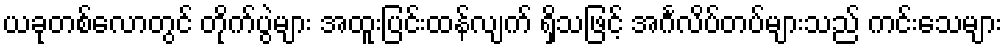
ယခုတစ်လောတွင် တိုက်ပွဲများ အထူးပြင်းထန်လျက် ရှိသဖြင့် အင်္ဂလိပ်တပ်များသည် ကင်းသေများ